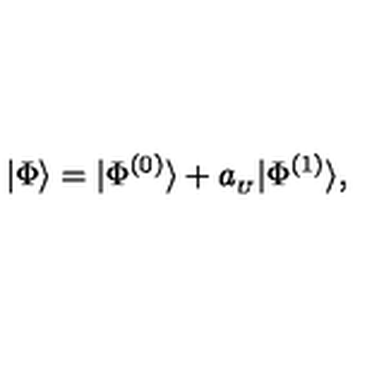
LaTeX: | \Phi \rangle = | \Phi ^ { ( 0 ) } \rangle + a _ { _ U } | \Phi ^ { ( 1 ) } \rangle ,